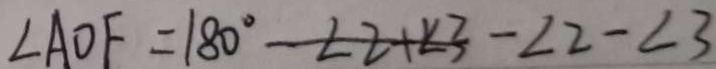
\angle A O F = 1 8 0 ^ { \circ } - \angle 2 + \angle 3 - \angle 2 - \angle 3